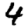
Digit: 4